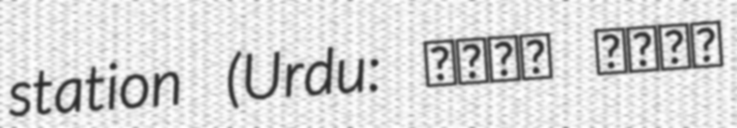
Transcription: station (Urdu: کیڈٹ کالج